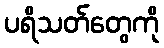
ပရိသတ်တွေကို